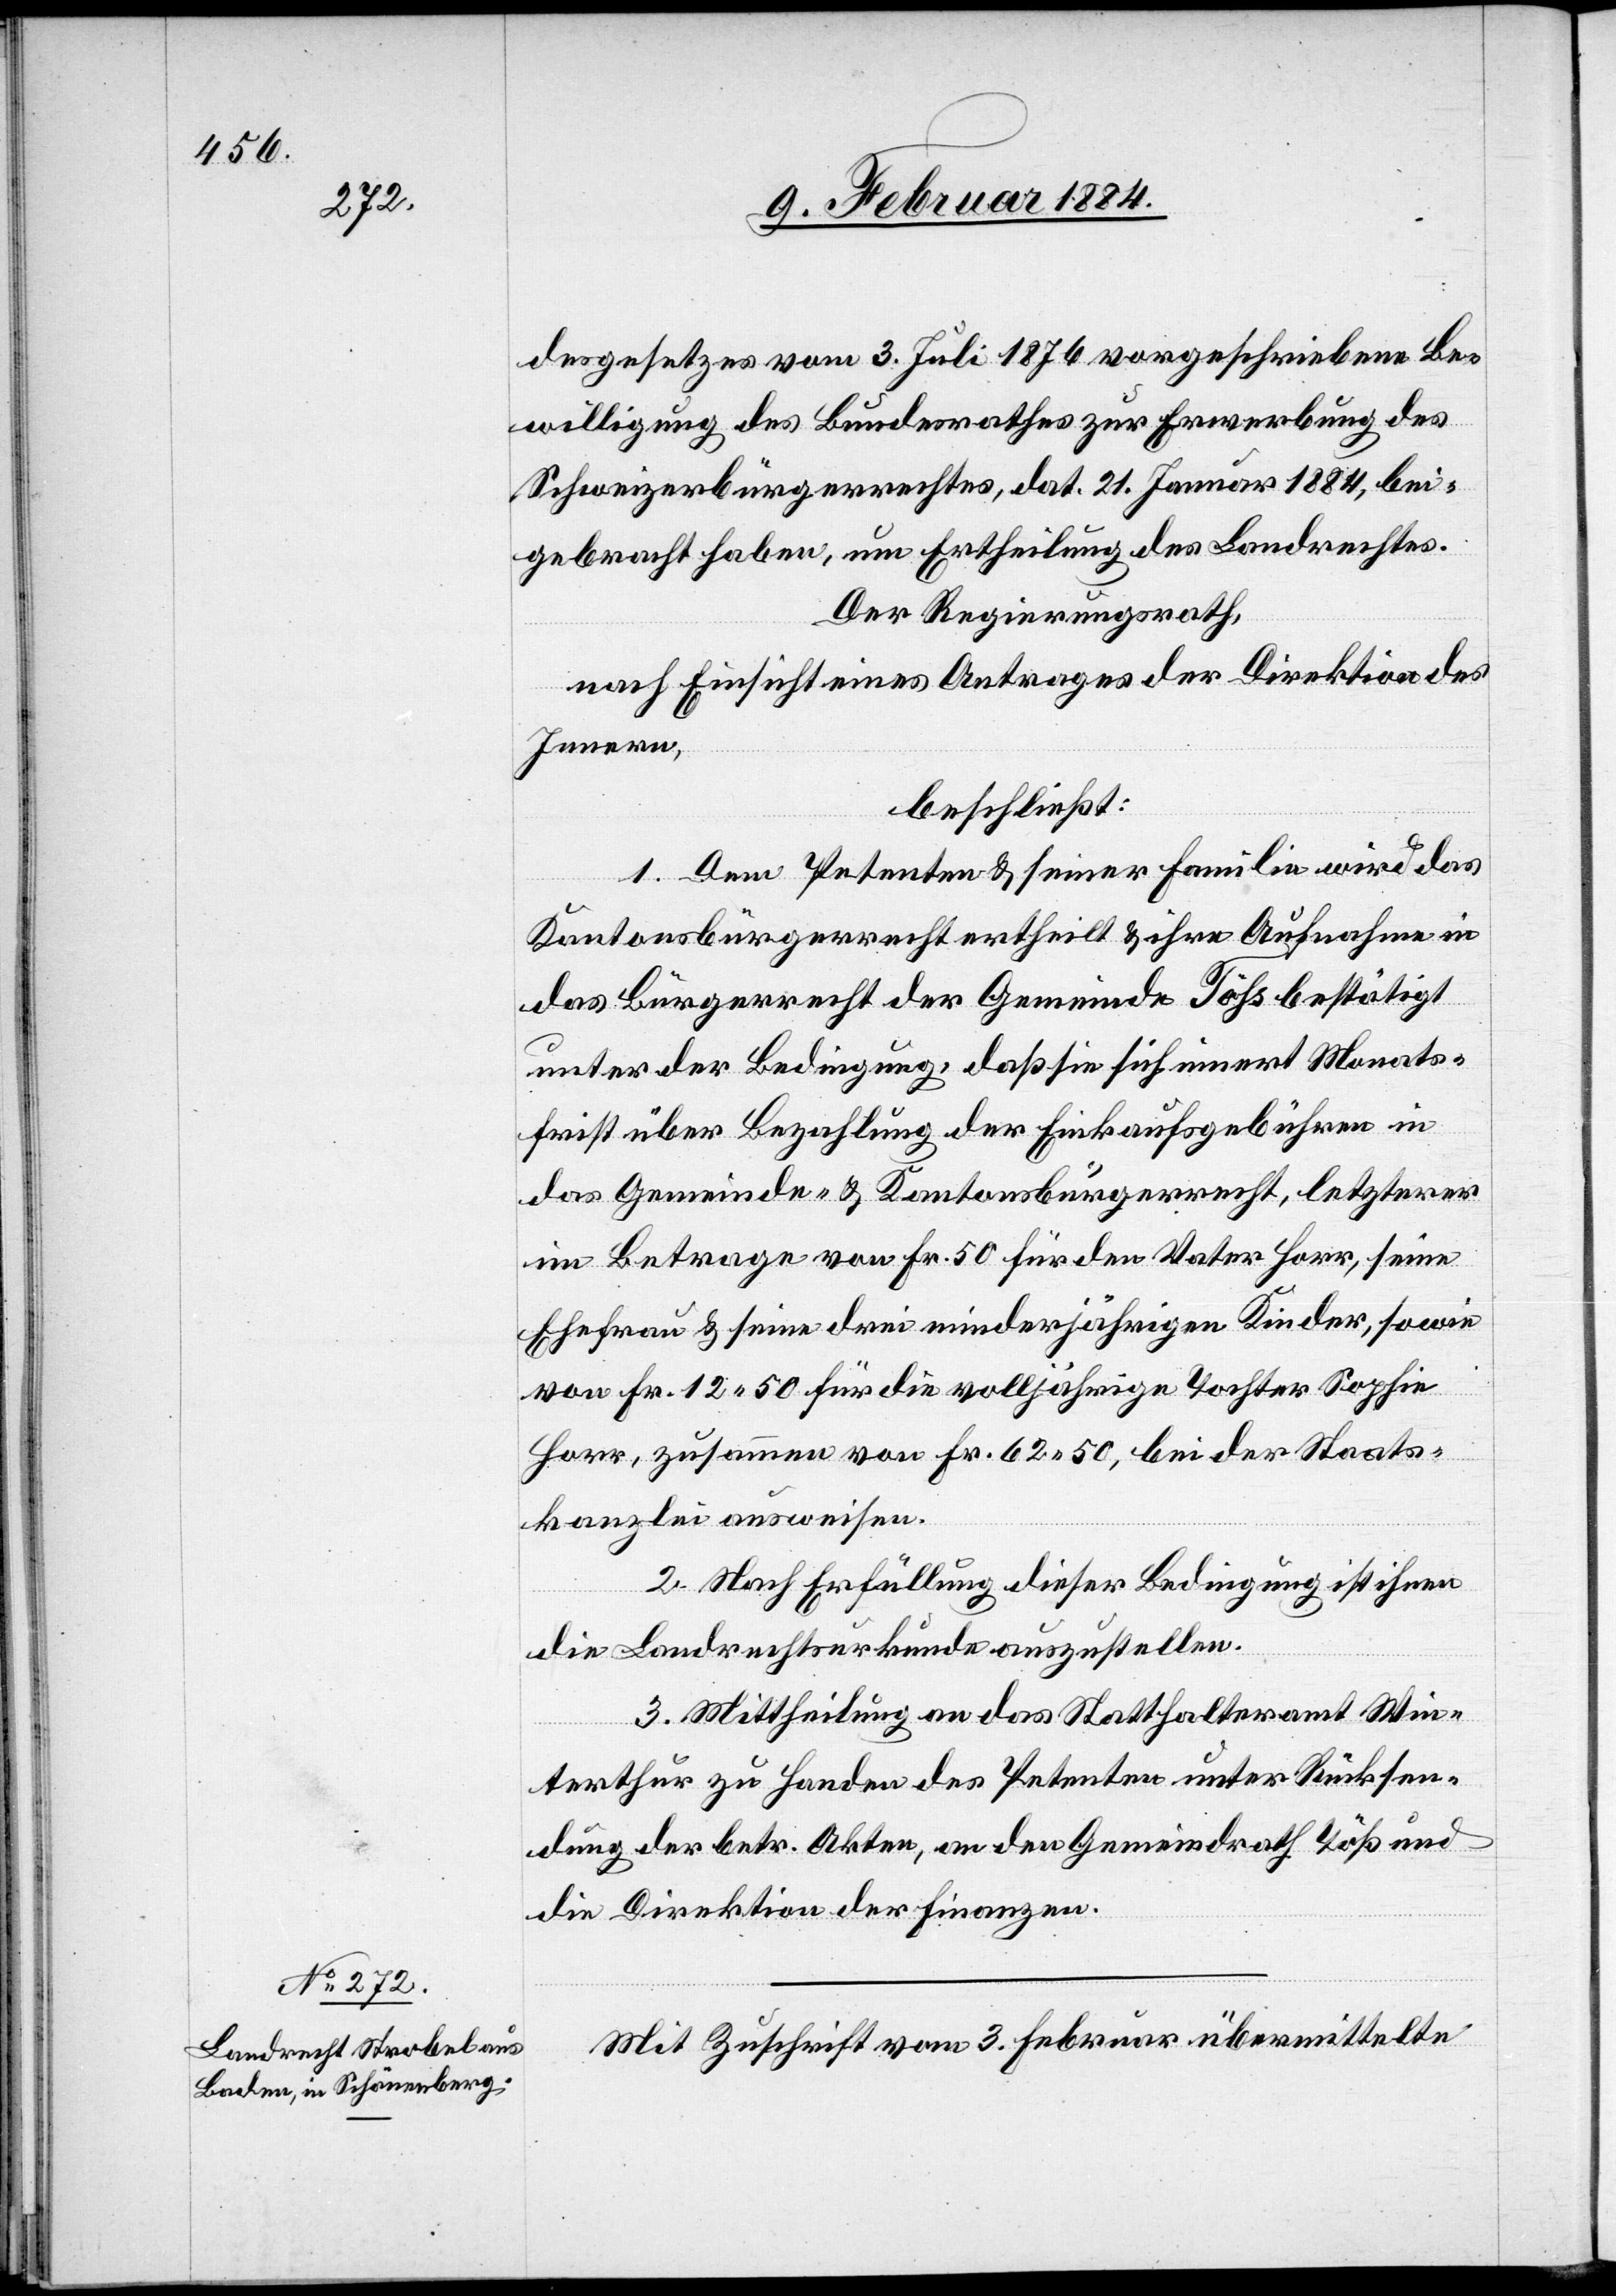
desgesetzes vom 3. Juli 1876 vorgeschriebene Be¬
willigung des Bundesrathes zur Erwerbung des
Schweizerbürgerrechtes, dat. 21. Januar 1884, bei¬
gebracht haben, um Ertheilung des Landrechtes.
Der Regierungsrath,
nach Einsicht eines Antrages der Direktion des
Innern,
beschließt:
1. Dem Petenten & seiner Familie wird das
Kantonsbürgerrecht ertheilt & ihre Aufnahme in
das Bürgerrecht der Gemeinde Töß bestätigt
unter der Bedingung, daß sie sich innert Monats¬
frist über Bezahlung der Einkaufsgebühren in
das Gemeinde- & Kantonsbürgerrecht, letzterer
im Betrage von Fr. 50 für den Vater Horr, seine
Ehefrau & seine drei minderjährigen Kinder, sowie
von Fr. 12 50 für die volljährige Tochter Sophie
Horr, zusammen von Fr. 62 50, bei der Staats¬
kanzlei ausweisen.
2. Nach Erfüllung dieser Bedingung ist ihnen
die Landrechtsurkunde auszustellen.
3. Mittheilung an das Statthalteramt Win¬
terthur zu Handen des Petenten unter Rücksen¬
dung der betr. Akten, an den Gemeindrath Töß und
die Direktion der Finanzen.
Mit Zuschrift vom 3. Februar übermittelte